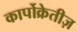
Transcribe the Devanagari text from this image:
कार्पोक्रेतीज़